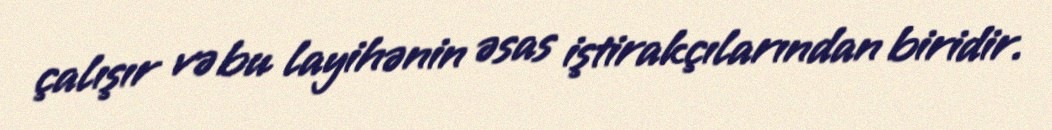
çalışır və bu layihənin əsas iştirakçılarından biridir.